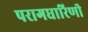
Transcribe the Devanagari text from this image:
परागधारिणी